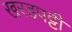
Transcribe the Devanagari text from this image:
खरडपट्टी